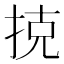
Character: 𢭪